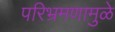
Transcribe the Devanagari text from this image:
परिभ्रमणामुळे